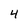
Character: 4